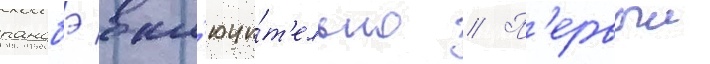
ранобэ вкл'ючи́т'ельно // П'ервыи